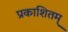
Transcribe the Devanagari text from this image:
प्रकाशितम्